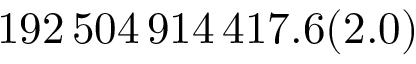
1 9 2 \, 5 0 4 \, 9 1 4 \, 4 1 7 . 6 ( 2 . 0 )